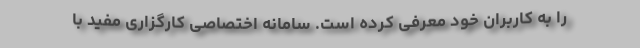
را به کاربران خود معرفی کرده است. سامانه اختصاصی کارگزاری مفید با